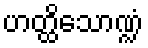
ဟတ္ထိသောဏ္ဍံ